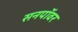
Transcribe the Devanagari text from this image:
सनपॉवर